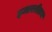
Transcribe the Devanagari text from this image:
इमारतीतच